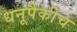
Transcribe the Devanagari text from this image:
धनूपैकीच